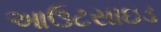
આઉટસાઇડ